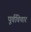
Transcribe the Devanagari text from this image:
पूर्वविचार